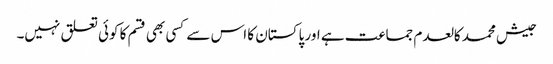
جیش محمد کالعدم جماعت ہے اور پاکستان کا اس سے کسی بھی قسم کا کوئی تعلق نہیں۔